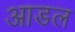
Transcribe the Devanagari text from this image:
आडल